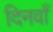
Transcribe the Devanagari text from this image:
दिनवाँ